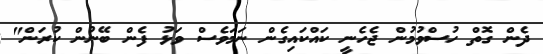
ދެން ގޮތް ހުސްވުމުން ޖެހެނީ ކައްކައިގެން ނަމަވެސް ވަޅު ފެން ބޭނުން ކުރަން"